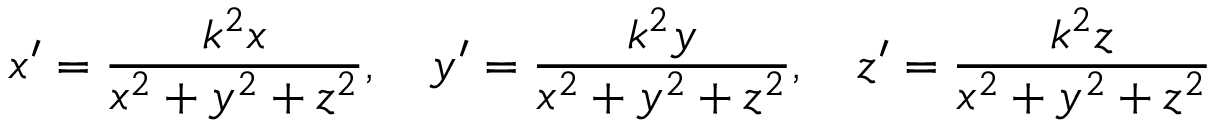
x ^ { \prime } = { \frac { k ^ { 2 } x } { x ^ { 2 } + y ^ { 2 } + z ^ { 2 } } } , \quad y ^ { \prime } = { \frac { k ^ { 2 } y } { x ^ { 2 } + y ^ { 2 } + z ^ { 2 } } } , \quad z ^ { \prime } = { \frac { k ^ { 2 } z } { x ^ { 2 } + y ^ { 2 } + z ^ { 2 } } }